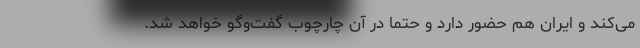
می‌کند و ایران هم حضور دارد و حتما در آن چارچوب گفت‌وگو خواهد شد.